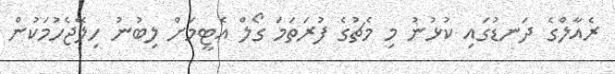
ރެއާލްގެ ދަނޑުގައި ކުޅުނު މި މެޗުގެ ފުރަތަމަ ގޯލް އެޓީމަށް ލިބުނު ހިލޭޖެހުމަކުން